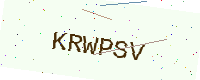
Text: KRWPSV